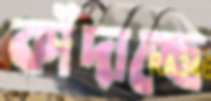
কাঁদাচ্ছে